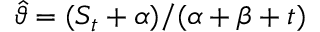
\widehat { \vartheta } = ( S _ { t } + \alpha ) / ( \alpha + \beta + t )